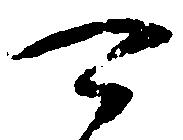
可